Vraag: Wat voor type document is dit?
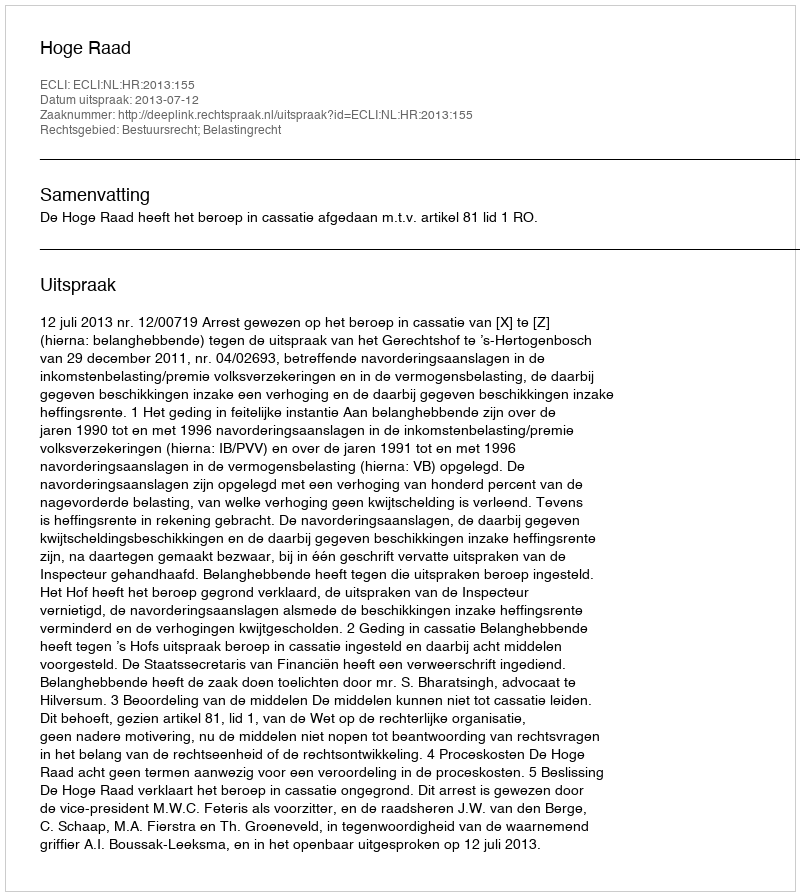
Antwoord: Uitspraak